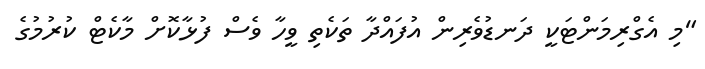
"މި އެގްރިމަންޓަކީ ދަނޑުވެރިން އުފައްދާ ތަކެތި ވީހާ ވެސް ފުޅާކޮށް މާކެޓް ކުރުމުގެ